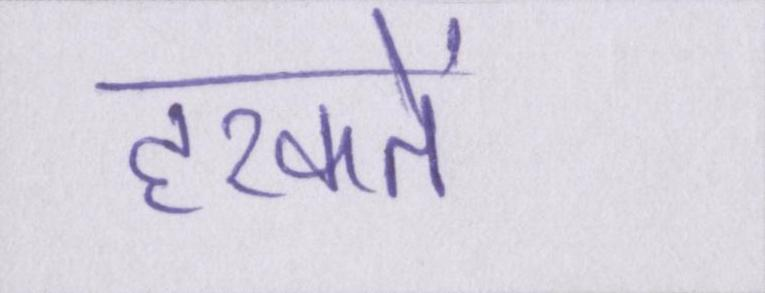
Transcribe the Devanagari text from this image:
हरकतें